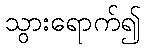
သွားရောက်၍